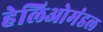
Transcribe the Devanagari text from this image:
हेलिओमंडल